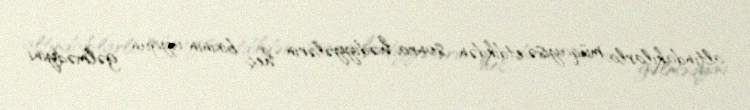
altındakılarla müqayisə etdikdən sonra hədiyyələrin heç birinin uyğun gəlmədyini